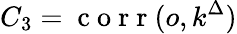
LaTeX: C_{3}=\mathrm{~c~o~r~r~}(o,k^{\Delta})